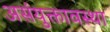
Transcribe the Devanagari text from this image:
असंयुक्तावस्था